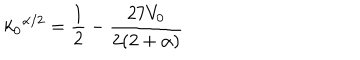
{ k _ { 0 } } ^ { \alpha / 2 } = \frac { 1 } { 2 } - \frac { 2 7 V _ { 0 } } { 2 ( 2 + \alpha ) }